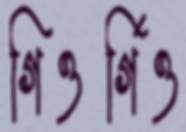
গিওর্গিও